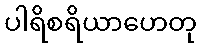
ပါရိစရိယာဟေတု